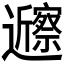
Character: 𬩲